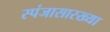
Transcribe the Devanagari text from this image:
स्पंजासारख्या